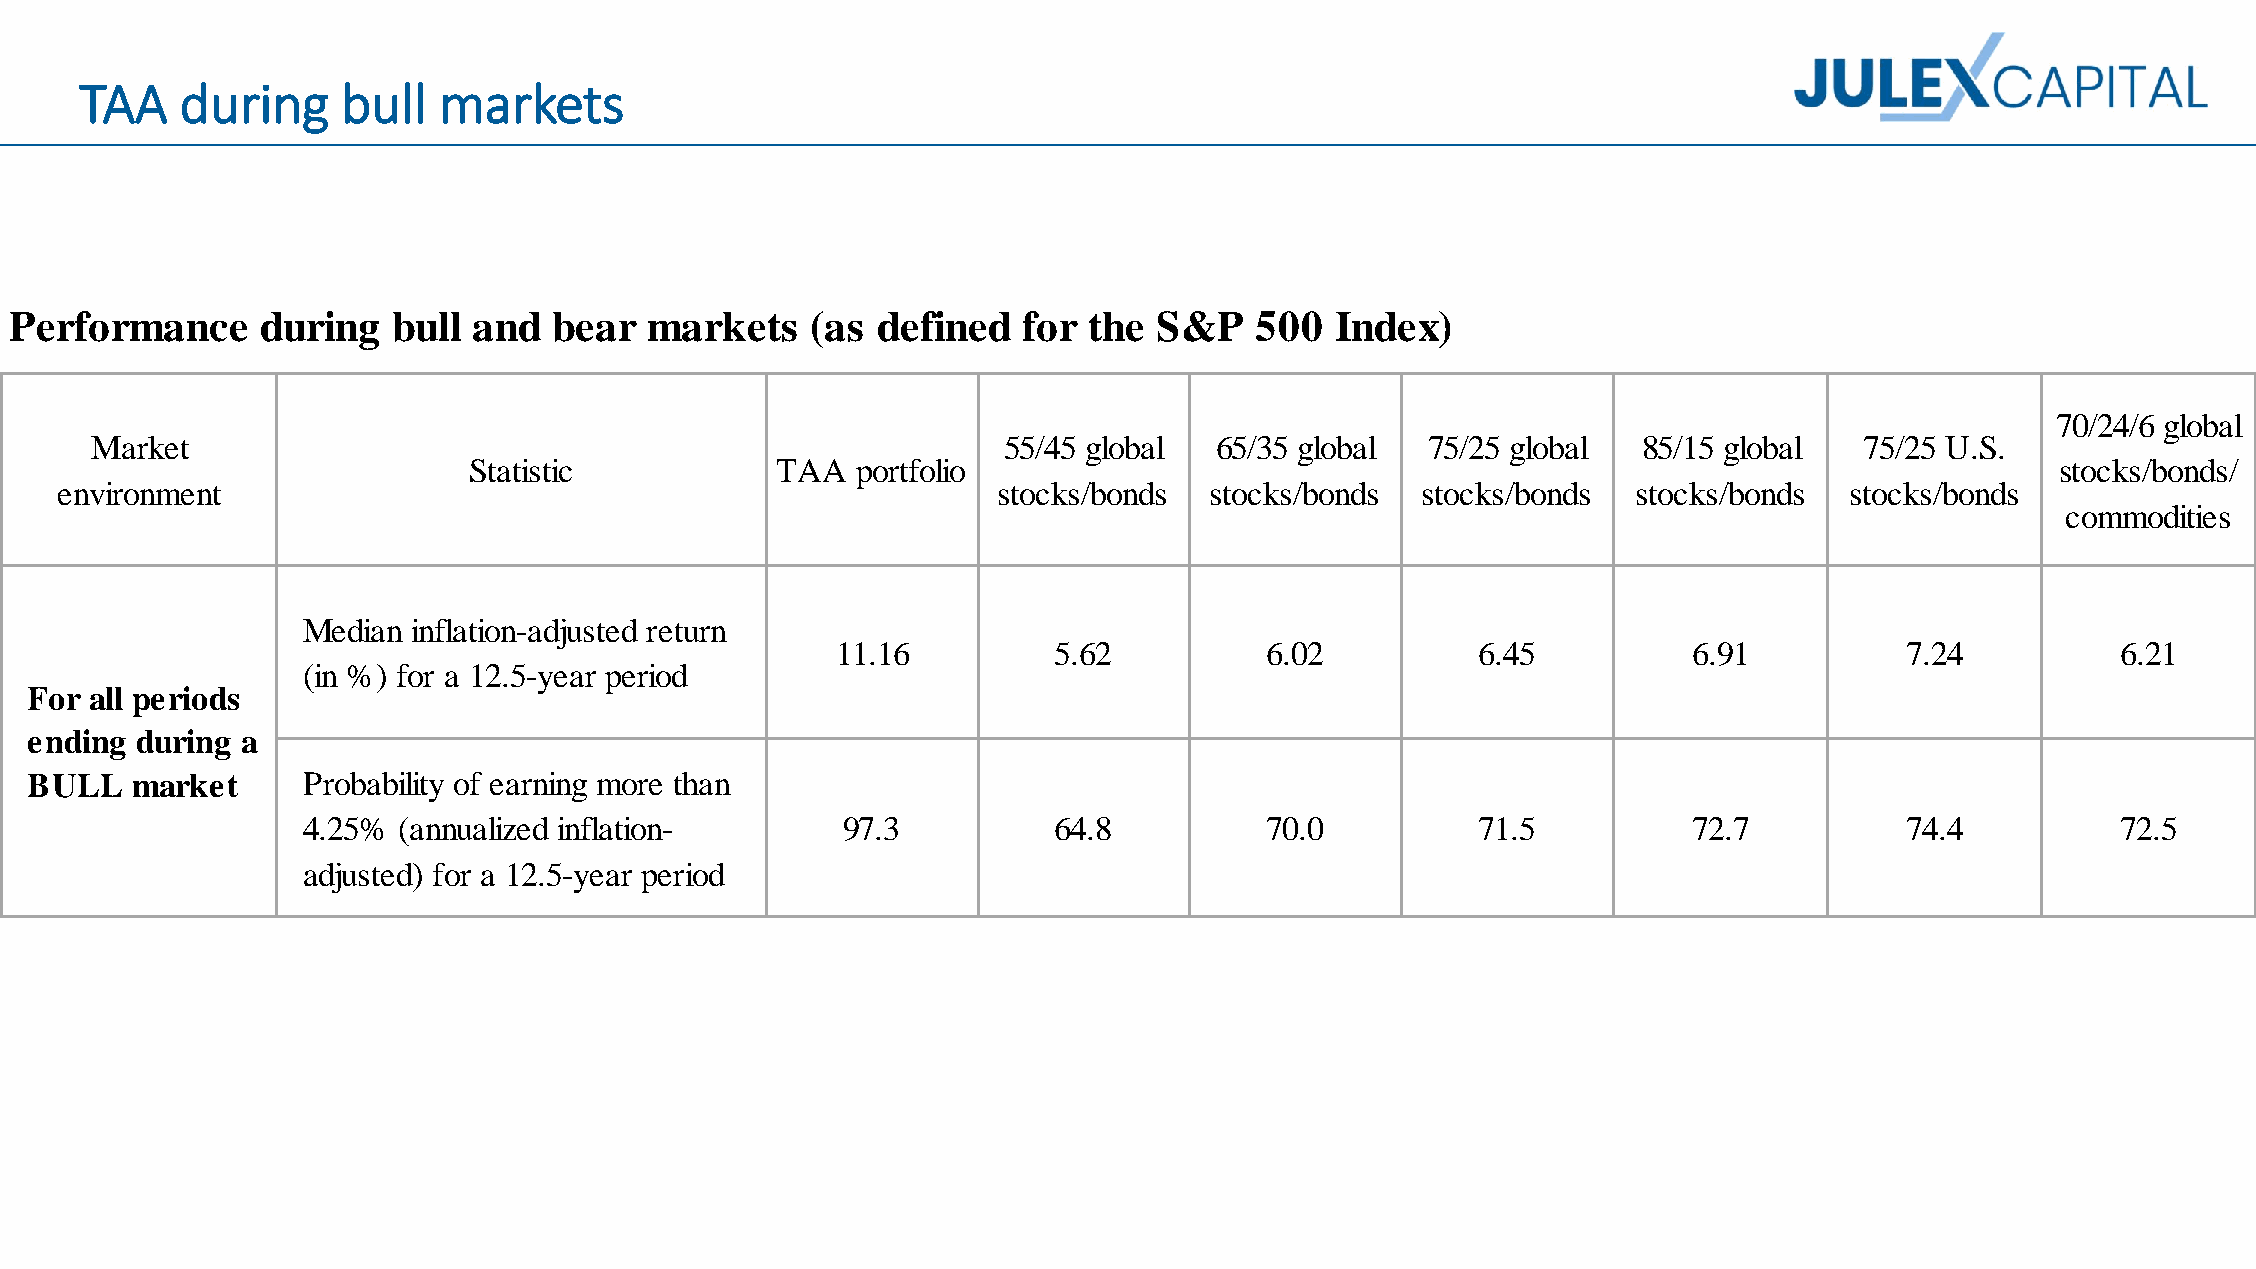
TAA    during     bull  markets
 Performance     during   bull and   bear  markets    (as defined   for the  S&P   500  Index)
 70/24/6 global
 Market                                                      55/45 global  65/35 global  75/25 global   85/15 global  75/25 U.S.
 Statistic           TAA   portfolio                                                                      stocks/bonds/
 environment                                                   stocks/bonds  stocks/bonds  stocks/bonds  stocks/bonds  stocks/bonds
 commodities
 Median inflation-adjusted return
 11.16          5.62          6.02          6.45          6.91          7.24          6.21
 (in %) for a 12.5-year period
 For all periods
 ending during a
 BULL   market     Probability of earning more than
 4.25% (annualized inflation-        97.3          64.8          70.0          71.5          72.7          74.4          72.5
 adjusted) for a 12.5-year period
 Median inflation-adjusted return
 9.89          5.30          5.36          5.84          6.17          5.32          5.58
 (in %) for a 12.5-year period
 For all periods
 ending during a
 BEAR   market     Probability of earning more than
 4.25% (annualized inflation-       100.0          74.7          75.3          75.3          81.3          67.3          74.0
 adjusted) for a 12.5-year period
 For internal use only, do not share with clients or prospects